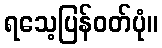
ရသေ့ပြန်ဝတ်ပုံ။